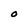
Character: 0